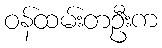
ဝန်ထမ်းတဦးက